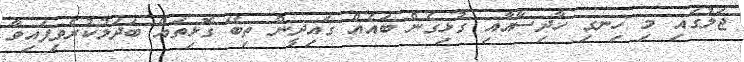
ޖަލުގައި މި ހިނގި ހާދިސާއާއި ގުޅިގެން ބައެއް ގައިދީން ތިބޭ ގޮޅިތައް ބަދަލުކުރެވިފައިވާ